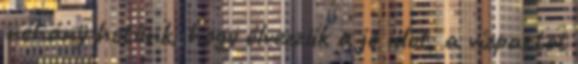
néhány hetünk, hogy élvezzük a jó időt, a vízpartot